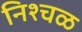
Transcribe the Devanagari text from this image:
निश्चळ